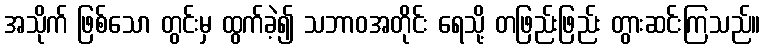
အသိုက် ဖြစ်သော တွင်းမှ ထွက်ခဲ့၍ သဘာဝအတိုင်း ရေသို့ တဖြည်းဖြည်း တွားဆင်းကြသည်။